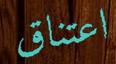
اعتناق